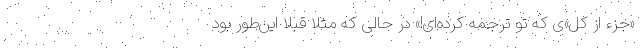
«جزء از کل»ی که تو ترجمه کرده‌ای!» در حالی که مثلا قبلا این‌طور بود